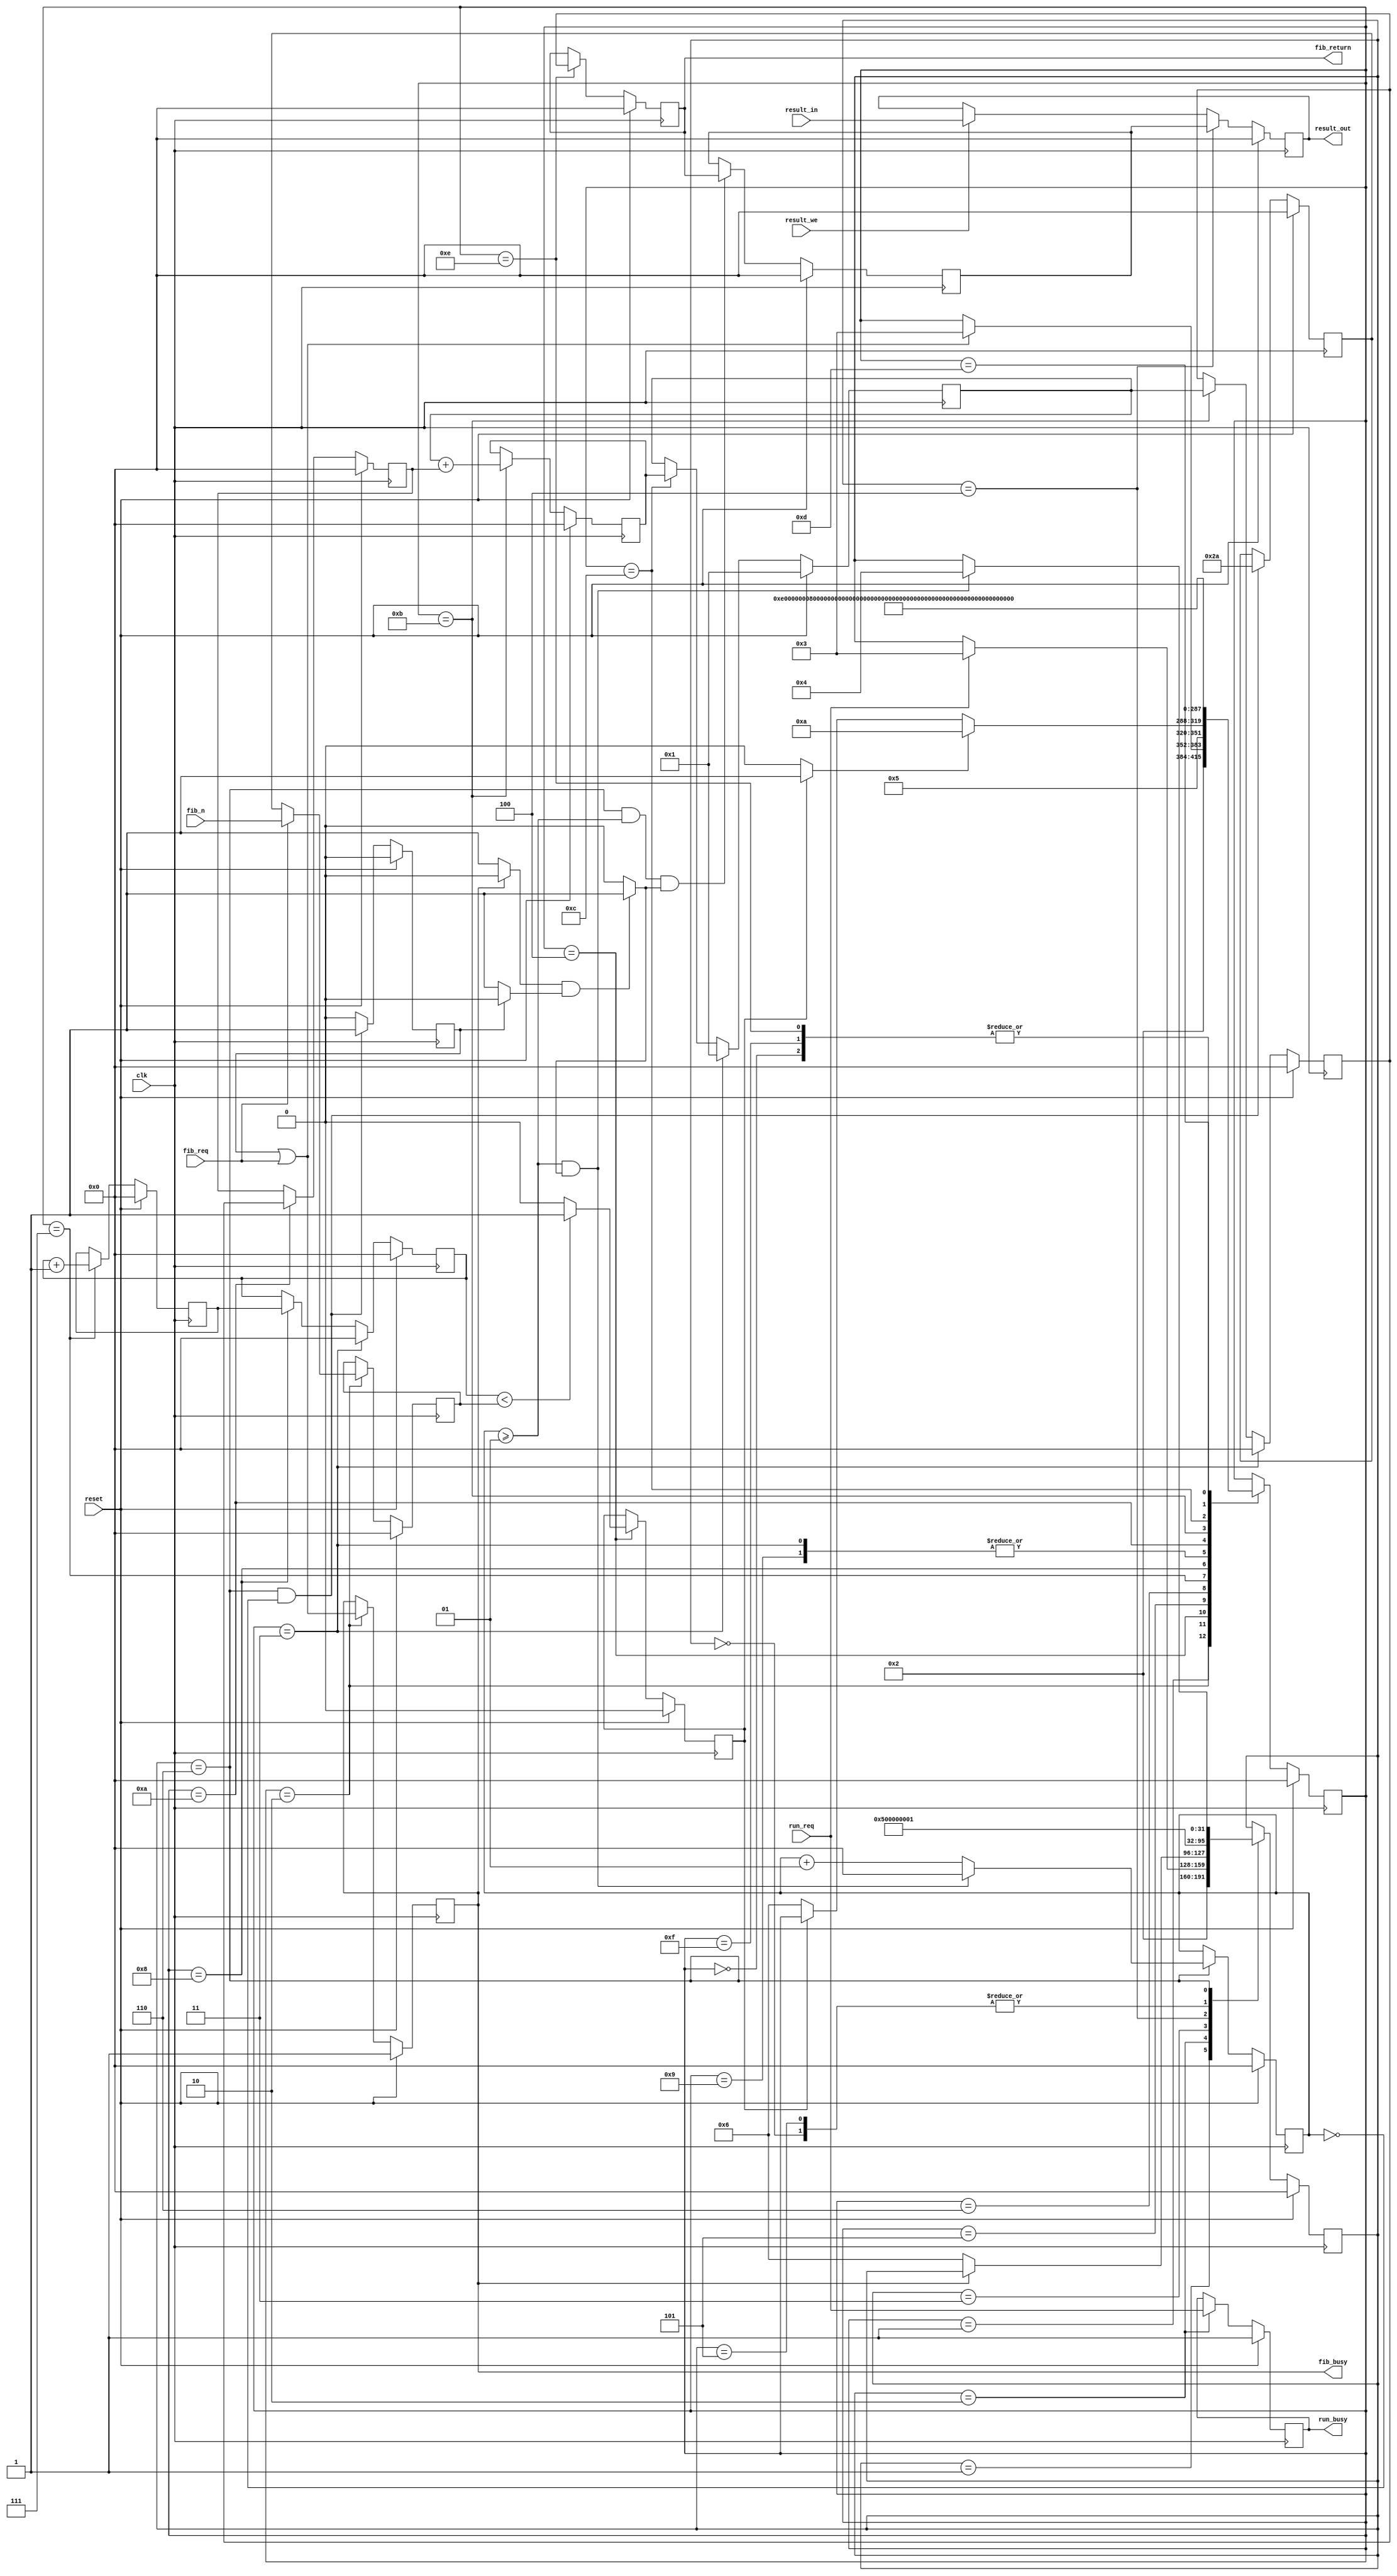
module com_example_fib_Fib
(
  input  clk,
  input  reset,
  input signed [32-1 : 0] result_in,
  input  result_we,
  output signed [32-1 : 0] result_out,
  input signed [32-1 : 0] fib_n,
  input  fib_req,
  output  fib_busy,
  input  run_req,
  output  run_busy,
  output signed [32-1 : 0] fib_return
);

  wire  clk_sig;
  wire  reset_sig;
  wire signed [32-1 : 0] result_in_sig;
  wire  result_we_sig;
  wire signed [32-1 : 0] result_out_sig;
  wire signed [32-1 : 0] fib_n_sig;
  wire  fib_req_sig;
  reg  fib_busy_sig = 1'b1;
  wire  run_req_sig;
  reg  run_busy_sig = 1'b1;
  reg signed [32-1 : 0] fib_return_sig = 0;

  reg signed [32-1 : 0] class_result_0000 = 0;
  wire signed [32-1 : 0] class_result_0000_mux;
  wire signed [32-1 : 0] tmp_0001;
  reg signed [32-1 : 0] fib_n_0001 = 0;
  reg signed [32-1 : 0] fib_n_local = 0;
  reg signed [32-1 : 0] fib_cur_0002 = 32'h00000000;
  reg signed [32-1 : 0] fib_next_0003 = 32'h00000001;
  reg signed [32-1 : 0] fib_i_0004 = 32'h00000000;
  reg  binary_expr_00005 = 1'b0;
  reg signed [32-1 : 0] unary_expr_00006 = 0;
  reg signed [32-1 : 0] fib_tmp_0007 = 0;
  reg signed [32-1 : 0] binary_expr_00008 = 0;
  reg signed [32-1 : 0] method_result_00009 = 0;
  wire  fib_req_flag;
  reg  fib_req_local = 1'b0;
  wire  tmp_0002;
  wire  run_req_flag;
  reg  run_req_local = 1'b0;
  wire  tmp_0003;
  localparam fib_method_IDLE = 32'd0;
  localparam fib_method_S_0000 = 32'd1;
  localparam fib_method_S_0001 = 32'd2;
  localparam fib_method_S_0002 = 32'd3;
  localparam fib_method_S_0005 = 32'd4;
  localparam fib_method_S_0006 = 32'd5;
  localparam fib_method_S_0007 = 32'd6;
  localparam fib_method_S_0008 = 32'd7;
  localparam fib_method_S_0009 = 32'd8;
  localparam fib_method_S_0010 = 32'd9;
  localparam fib_method_S_0011 = 32'd10;
  localparam fib_method_S_0012 = 32'd11;
  localparam fib_method_S_0014 = 32'd12;
  localparam fib_method_S_0015 = 32'd13;
  localparam fib_method_S_0016 = 32'd14;
  localparam fib_method_S_0017 = 32'd15;
  reg [31:0] fib_method = fib_method_IDLE;
  reg signed [32-1 : 0] fib_method_delay = 0;
  wire  tmp_0004;
  wire  tmp_0005;
  wire signed [32-1 : 0] tmp_0006;
  wire  tmp_0007;
  wire signed [32-1 : 0] tmp_0008;
  wire signed [32-1 : 0] tmp_0009;
  localparam run_method_IDLE = 32'd0;
  localparam run_method_S_0000 = 32'd1;
  localparam run_method_S_0001 = 32'd2;
  localparam run_method_S_0002 = 32'd3;
  localparam run_method_S_0003 = 32'd4;
  localparam run_method_S_0004 = 32'd5;
  localparam run_method_run_method_S_0002_body = 32'd6;
  reg [31:0] run_method = run_method_IDLE;
  reg signed [32-1 : 0] run_method_delay = 0;
  wire  fib_call_flag_0002;
  wire  tmp_0010;
  wire  tmp_0011;
  wire  tmp_0012;
  wire  tmp_0013;
  wire  tmp_0014;


  assign clk_sig = clk;
  assign reset_sig = reset;
  assign result_in_sig = result_in;
  assign result_we_sig = result_we;
  assign result_out = result_out_sig;
  assign result_out_sig = class_result_0000;

  assign fib_n_sig = fib_n;
  assign fib_req_sig = fib_req;
  assign fib_busy = fib_busy_sig;
  always @(posedge clk) begin
    if(reset == 1'b1) begin
      fib_busy_sig <= 1'b1;
    end else begin
      if (fib_method == fib_method_S_0001) begin
        fib_busy_sig <= fib_req_flag;
      end
    end
  end

  assign run_req_sig = run_req;
  assign run_busy = run_busy_sig;
  always @(posedge clk) begin
    if(reset == 1'b1) begin
      run_busy_sig <= 1'b1;
    end else begin
      if (run_method == run_method_S_0001) begin
        run_busy_sig <= run_req_flag;
      end
    end
  end

  assign fib_return = fib_return_sig;
  always @(posedge clk) begin
    if(reset == 1'b1) begin
      fib_return_sig <= 0;
    end else begin
      if (fib_method == fib_method_S_0016) begin
        fib_return_sig <= fib_cur_0002;
      end
    end
  end


  assign tmp_0001 = result_we_sig == 1'b1 ? result_in_sig : class_result_0000;
  assign tmp_0002 = fib_req_local || fib_req_sig;
  assign tmp_0003 = run_req_local || run_req_sig;
  assign tmp_0004 = binary_expr_00005 == 1'b1 ? 1'b1 : 1'b0;
  assign tmp_0005 = binary_expr_00005 == 1'b0 ? 1'b1 : 1'b0;
  assign tmp_0006 = fib_req_sig == 1'b1 ? fib_n_sig : fib_n_local;
  assign tmp_0007 = fib_i_0004 < fib_n_0001 ? 1'b1 : 1'b0;
  assign tmp_0008 = fib_i_0004 + 32'h00000001;
  assign tmp_0009 = fib_next_0003 + fib_tmp_0007;
  assign tmp_0010 = fib_busy_sig == 1'b0 ? 1'b1 : 1'b0;
  assign tmp_0011 = fib_req_local == 1'b0 ? 1'b1 : 1'b0;
  assign tmp_0012 = tmp_0010 && tmp_0011;
  assign tmp_0013 = tmp_0012 == 1'b1 ? 1'b1 : 1'b0;
  assign tmp_0014 = fib_busy_sig == 1'b0 ? 1'b1 : 1'b0;

  always @(posedge clk) begin
    if(reset == 1'b1) begin
      fib_method <= fib_method_IDLE;
      fib_method_delay <= 32'h0;
    end else begin
      case (fib_method)
        fib_method_IDLE : begin
          fib_method <= fib_method_S_0000;
        end
        fib_method_S_0000 : begin
          fib_method <= fib_method_S_0001;
          fib_method <= fib_method_S_0001;
        end
        fib_method_S_0001 : begin
          if (fib_req_flag == 1'b1) begin
            fib_method <= fib_method_S_0002;
          end
        end
        fib_method_S_0002 : begin
          fib_method <= fib_method_S_0005;
        end
        fib_method_S_0005 : begin
          fib_method <= fib_method_S_0006;
        end
        fib_method_S_0006 : begin
          if (tmp_0004 == 1'b1) begin
            fib_method <= fib_method_S_0011;
          end else if (tmp_0005 == 1'b1) begin
            fib_method <= fib_method_S_0007;
          end
        end
        fib_method_S_0007 : begin
          fib_method <= fib_method_S_0016;
        end
        fib_method_S_0008 : begin
          fib_method <= fib_method_S_0009;
        end
        fib_method_S_0009 : begin
          fib_method <= fib_method_S_0010;
        end
        fib_method_S_0010 : begin
          fib_method <= fib_method_S_0005;
        end
        fib_method_S_0011 : begin
          fib_method <= fib_method_S_0012;
        end
        fib_method_S_0012 : begin
          fib_method <= fib_method_S_0014;
        end
        fib_method_S_0014 : begin
          fib_method <= fib_method_S_0015;
        end
        fib_method_S_0015 : begin
          fib_method <= fib_method_S_0008;
        end
        fib_method_S_0016 : begin
          fib_method <= fib_method_S_0000;
        end
        fib_method_S_0017 : begin
          fib_method <= fib_method_S_0000;
        end
      endcase
    end
  end

  always @(posedge clk) begin
    if(reset == 1'b1) begin
      run_method <= run_method_IDLE;
      run_method_delay <= 32'h0;
    end else begin
      case (run_method)
        run_method_IDLE : begin
          run_method <= run_method_S_0000;
        end
        run_method_S_0000 : begin
          run_method <= run_method_S_0001;
          run_method <= run_method_S_0001;
        end
        run_method_S_0001 : begin
          if (run_req_flag == 1'b1) begin
            run_method <= run_method_S_0002;
          end
        end
        run_method_S_0002 : begin
          if (tmp_0014 == 1'b1) begin
            run_method <= run_method_run_method_S_0002_body;
          end
        end
        run_method_S_0003 : begin
          run_method <= run_method_S_0004;
        end
        run_method_S_0004 : begin
          run_method <= run_method_S_0000;
        end
        run_method_run_method_S_0002_body : begin
          if (run_method_delay >= 1 && fib_call_flag_0002 == 1'b1) begin
            run_method_delay <= 32'h0;
            run_method_delay <= 0;
            run_method <= run_method_S_0003;
          end else begin
            run_method_delay <= run_method_delay + 1;
          end
        end
      endcase
    end
  end


  always @(posedge clk) begin
    if(reset == 1'b1) begin
      class_result_0000 <= 0;
    end else begin
      if (run_method == run_method_S_0003) begin
        class_result_0000 <= method_result_00009;
      end else begin
        class_result_0000 <= class_result_0000_mux;
      end
    end
  end

  assign class_result_0000_mux = tmp_0001;

  always @(posedge clk) begin
    if(reset == 1'b1) begin
      fib_n_0001 <= 0;
    end else begin
      if (fib_method == fib_method_S_0001) begin
        fib_n_0001 <= tmp_0006;
      end
    end
  end

  always @(posedge clk) begin
    if(reset == 1'b1) begin
      fib_n_local <= 0;
    end else begin
      if (run_method == run_method_run_method_S_0002_body && run_method_delay == 0) begin
        fib_n_local <= 32'h0000002a;
      end
    end
  end

  always @(posedge clk) begin
    if(reset == 1'b1) begin
      fib_cur_0002 <= 32'h00000000;
    end else begin
      if (fib_method == fib_method_S_0002) begin
        fib_cur_0002 <= 32'h00000000;
      end else if (fib_method == fib_method_S_0012) begin
        fib_cur_0002 <= fib_next_0003;
      end
    end
  end

  always @(posedge clk) begin
    if(reset == 1'b1) begin
      fib_next_0003 <= 32'h00000001;
    end else begin
      if (fib_method == fib_method_S_0002) begin
        fib_next_0003 <= 32'h00000001;
      end else if (fib_method == fib_method_S_0014) begin
        fib_next_0003 <= binary_expr_00008;
      end
    end
  end

  always @(posedge clk) begin
    if(reset == 1'b1) begin
      fib_i_0004 <= 32'h00000000;
    end else begin
      if (fib_method == fib_method_S_0002) begin
        fib_i_0004 <= 32'h00000000;
      end else if (fib_method == fib_method_S_0009) begin
        fib_i_0004 <= unary_expr_00006;
      end
    end
  end

  always @(posedge clk) begin
    if(reset == 1'b1) begin
      binary_expr_00005 <= 1'b0;
    end else begin
      if (fib_method == fib_method_S_0005) begin
        binary_expr_00005 <= tmp_0007;
      end
    end
  end

  always @(posedge clk) begin
    if(reset == 1'b1) begin
      unary_expr_00006 <= 0;
    end else begin
      if (fib_method == fib_method_S_0008) begin
        unary_expr_00006 <= tmp_0008;
      end
    end
  end

  always @(posedge clk) begin
    if(reset == 1'b1) begin
      fib_tmp_0007 <= 0;
    end else begin
      if (fib_method == fib_method_S_0011) begin
        fib_tmp_0007 <= fib_cur_0002;
      end
    end
  end

  always @(posedge clk) begin
    if(reset == 1'b1) begin
      binary_expr_00008 <= 0;
    end else begin
      if (fib_method == fib_method_S_0012) begin
        binary_expr_00008 <= tmp_0009;
      end
    end
  end

  always @(posedge clk) begin
    if(reset == 1'b1) begin
      method_result_00009 <= 0;
    end else begin
      if (run_method == run_method_run_method_S_0002_body && run_method_delay >= 1 && fib_call_flag_0002 == 1'b1) begin
        method_result_00009 <= fib_return_sig;
      end
    end
  end

  assign fib_req_flag = tmp_0002;

  always @(posedge clk) begin
    if(reset == 1'b1) begin
      fib_req_local <= 1'b0;
    end else begin
      if (run_method == run_method_run_method_S_0002_body && run_method_delay == 0) begin
        fib_req_local <= 1'b1;
      end else begin
        fib_req_local <= 1'b0;
      end
    end
  end

  assign run_req_flag = tmp_0003;

  assign fib_call_flag_0002 = tmp_0013;



endmodule